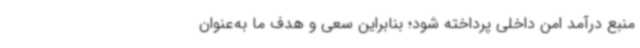
منبع درآمد امن داخلی پرداخته شود؛ بنابراین سعی و هدف ما به‌عنوان